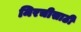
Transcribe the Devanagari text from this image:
मिरचीसाठी